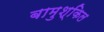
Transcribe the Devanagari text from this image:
बामुश्किल